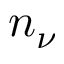
n _ { \nu }